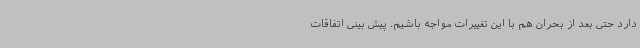
دارد حتی بعد از بحران هم با این تغییرات مواجه باشیم. پیش بینی اتفاقات